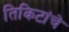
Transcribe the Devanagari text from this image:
तिकिटांचे